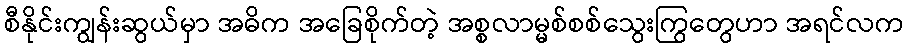
စီနိုင်းကျွန်းဆွယ်မှာ အဓိက အခြေစိုက်တဲ့ အစ္စလာမ္မစ်စစ်သွေးကြွတွေဟာ အရင်လက